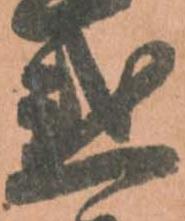
惑